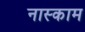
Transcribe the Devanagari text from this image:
नास्काम